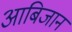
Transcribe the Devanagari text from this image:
आबिजान